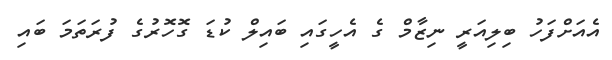
އެއަށްފަހު ބިލިއަރީ ނިޒާމް ގެ އެހީގައި ބައިލް ކުޑަ ގޮހޮރުގެ ފުރަތަމަ ބައި